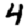
Digit: 4